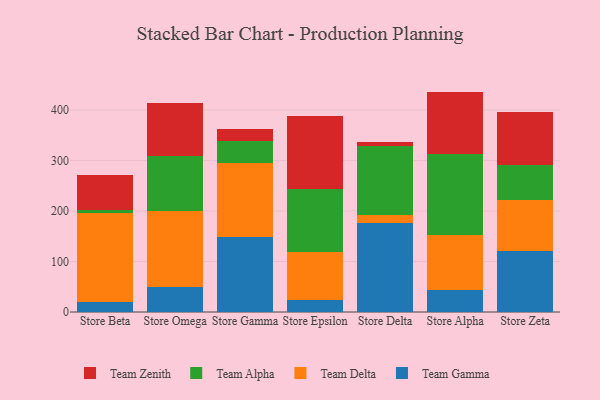
{"axis": {"x": "Store", "y": "Latency (ms)"}, "legend": ["Team Alpha", "Team Delta", "Team Gamma", "Team Zenith"], "data": [{"x": "Store Beta", "y": 19.1, "type": "Team Gamma"}, {"x": "Store Beta", "y": 177.8, "type": "Team Delta"}, {"x": "Store Beta", "y": 5.4, "type": "Team Alpha"}, {"x": "Store Beta", "y": 68.6, "type": "Team Zenith"}, {"x": "Store Omega", "y": 50.4, "type": "Team Gamma"}, {"x": "Store Omega", "y": 149.6, "type": "Team Delta"}, {"x": "Store Omega", "y": 109.1, "type": "Team Alpha"}, {"x": "Store Omega", "y": 105.2, "type": "Team Zenith"}, {"x": "Store Gamma", "y": 149.0, "type": "Team Gamma"}, {"x": "Store Gamma", "y": 147.0, "type": "Team Delta"}, {"x": "Store Gamma", "y": 41.9, "type": "Team Alpha"}, {"x": "Store Gamma", "y": 23.8, "type": "Team Zenith"}, {"x": "Store Epsilon", "y": 23.1, "type": "Team Gamma"}, {"x": "Store Epsilon", "y": 96.6, "type": "Team Delta"}, {"x": "Store Epsilon", "y": 123.3, "type": "Team Alpha"}, {"x": "Store Epsilon", "y": 145.9, "type": "Team Zenith"}, {"x": "Store Delta", "y": 175.4, "type": "Team Gamma"}, {"x": "Store Delta", "y": 16.5, "type": "Team Delta"}, {"x": "Store Delta", "y": 137.4, "type": "Team Alpha"}, {"x": "Store Delta", "y": 7.1, "type": "Team Zenith"}, {"x": "Store Alpha", "y": 43.9, "type": "Team Gamma"}, {"x": "Store Alpha", "y": 109.0, "type": "Team Delta"}, {"x": "Store Alpha", "y": 159.6, "type": "Team Alpha"}, {"x": "Store Alpha", "y": 124.1, "type": "Team Zenith"}, {"x": "Store Zeta", "y": 120.5, "type": "Team Gamma"}, {"x": "Store Zeta", "y": 101.0, "type": "Team Delta"}, {"x": "Store Zeta", "y": 69.0, "type": "Team Alpha"}, {"x": "Store Zeta", "y": 106.6, "type": "Team Zenith"}]}